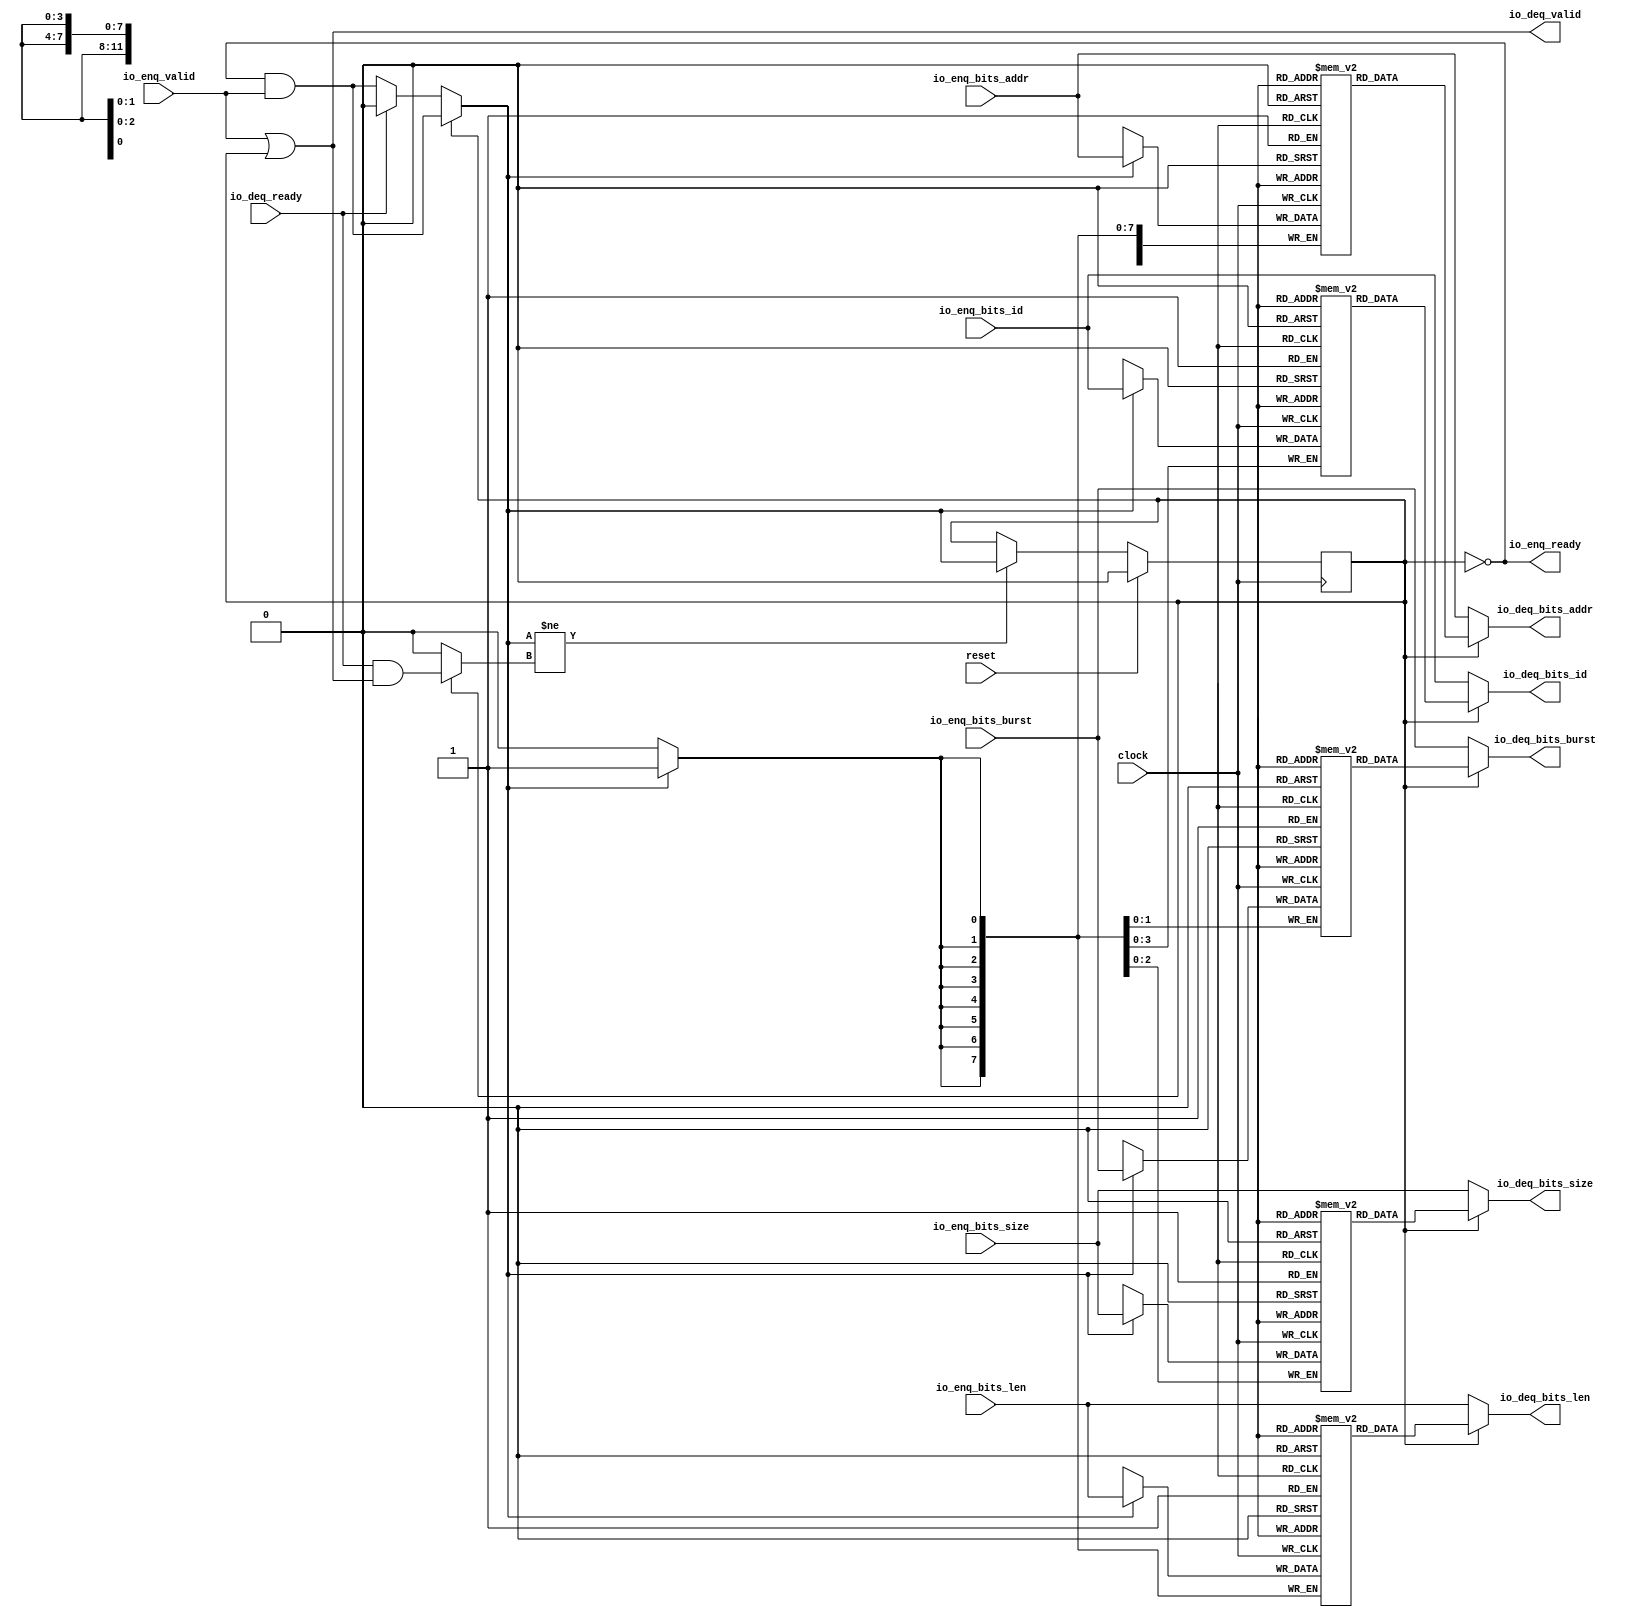
module Queue_51(
  input         clock,
  input         reset,
  output        io_enq_ready,
  input         io_enq_valid,
  input  [3:0]  io_enq_bits_id,
  input  [11:0] io_enq_bits_addr,
  input  [7:0]  io_enq_bits_len,
  input  [2:0]  io_enq_bits_size,
  input  [1:0]  io_enq_bits_burst,
  input         io_deq_ready,
  output        io_deq_valid,
  output [3:0]  io_deq_bits_id,
  output [11:0] io_deq_bits_addr,
  output [7:0]  io_deq_bits_len,
  output [2:0]  io_deq_bits_size,
  output [1:0]  io_deq_bits_burst
);
`ifdef RANDOMIZE_MEM_INIT
  reg [31:0] _RAND_0;
  reg [31:0] _RAND_1;
  reg [31:0] _RAND_2;
  reg [31:0] _RAND_3;
  reg [31:0] _RAND_4;
`endif // RANDOMIZE_MEM_INIT
`ifdef RANDOMIZE_REG_INIT
  reg [31:0] _RAND_5;
`endif // RANDOMIZE_REG_INIT
  reg [3:0] ram_id [0:0]; // @[Decoupled.scala 218:16]
  wire [3:0] ram_id_io_deq_bits_MPORT_data; // @[Decoupled.scala 218:16]
  wire  ram_id_io_deq_bits_MPORT_addr; // @[Decoupled.scala 218:16]
  wire [3:0] ram_id_MPORT_data; // @[Decoupled.scala 218:16]
  wire  ram_id_MPORT_addr; // @[Decoupled.scala 218:16]
  wire  ram_id_MPORT_mask; // @[Decoupled.scala 218:16]
  wire  ram_id_MPORT_en; // @[Decoupled.scala 218:16]
  reg [11:0] ram_addr [0:0]; // @[Decoupled.scala 218:16]
  wire [11:0] ram_addr_io_deq_bits_MPORT_data; // @[Decoupled.scala 218:16]
  wire  ram_addr_io_deq_bits_MPORT_addr; // @[Decoupled.scala 218:16]
  wire [11:0] ram_addr_MPORT_data; // @[Decoupled.scala 218:16]
  wire  ram_addr_MPORT_addr; // @[Decoupled.scala 218:16]
  wire  ram_addr_MPORT_mask; // @[Decoupled.scala 218:16]
  wire  ram_addr_MPORT_en; // @[Decoupled.scala 218:16]
  reg [7:0] ram_len [0:0]; // @[Decoupled.scala 218:16]
  wire [7:0] ram_len_io_deq_bits_MPORT_data; // @[Decoupled.scala 218:16]
  wire  ram_len_io_deq_bits_MPORT_addr; // @[Decoupled.scala 218:16]
  wire [7:0] ram_len_MPORT_data; // @[Decoupled.scala 218:16]
  wire  ram_len_MPORT_addr; // @[Decoupled.scala 218:16]
  wire  ram_len_MPORT_mask; // @[Decoupled.scala 218:16]
  wire  ram_len_MPORT_en; // @[Decoupled.scala 218:16]
  reg [2:0] ram_size [0:0]; // @[Decoupled.scala 218:16]
  wire [2:0] ram_size_io_deq_bits_MPORT_data; // @[Decoupled.scala 218:16]
  wire  ram_size_io_deq_bits_MPORT_addr; // @[Decoupled.scala 218:16]
  wire [2:0] ram_size_MPORT_data; // @[Decoupled.scala 218:16]
  wire  ram_size_MPORT_addr; // @[Decoupled.scala 218:16]
  wire  ram_size_MPORT_mask; // @[Decoupled.scala 218:16]
  wire  ram_size_MPORT_en; // @[Decoupled.scala 218:16]
  reg [1:0] ram_burst [0:0]; // @[Decoupled.scala 218:16]
  wire [1:0] ram_burst_io_deq_bits_MPORT_data; // @[Decoupled.scala 218:16]
  wire  ram_burst_io_deq_bits_MPORT_addr; // @[Decoupled.scala 218:16]
  wire [1:0] ram_burst_MPORT_data; // @[Decoupled.scala 218:16]
  wire  ram_burst_MPORT_addr; // @[Decoupled.scala 218:16]
  wire  ram_burst_MPORT_mask; // @[Decoupled.scala 218:16]
  wire  ram_burst_MPORT_en; // @[Decoupled.scala 218:16]
  reg  maybe_full; // @[Decoupled.scala 221:27]
  wire  empty = ~maybe_full; // @[Decoupled.scala 224:28]
  wire  _do_enq_T = io_enq_ready & io_enq_valid; // @[Decoupled.scala 40:37]
  wire  _do_deq_T = io_deq_ready & io_deq_valid; // @[Decoupled.scala 40:37]
  wire  _GEN_15 = io_deq_ready ? 1'h0 : _do_enq_T; // @[Decoupled.scala 249:27 Decoupled.scala 249:36]
  wire  do_enq = empty ? _GEN_15 : _do_enq_T; // @[Decoupled.scala 246:18]
  wire  do_deq = empty ? 1'h0 : _do_deq_T; // @[Decoupled.scala 246:18 Decoupled.scala 248:14]
  wire  _T = do_enq != do_deq; // @[Decoupled.scala 236:16]
  wire  _io_deq_valid_T = ~empty; // @[Decoupled.scala 240:19]
  assign ram_id_io_deq_bits_MPORT_addr = 1'h0;
  assign ram_id_io_deq_bits_MPORT_data = ram_id[ram_id_io_deq_bits_MPORT_addr]; // @[Decoupled.scala 218:16]
  assign ram_id_MPORT_data = io_enq_bits_id;
  assign ram_id_MPORT_addr = 1'h0;
  assign ram_id_MPORT_mask = 1'h1;
  assign ram_id_MPORT_en = empty ? _GEN_15 : _do_enq_T;
  assign ram_addr_io_deq_bits_MPORT_addr = 1'h0;
  assign ram_addr_io_deq_bits_MPORT_data = ram_addr[ram_addr_io_deq_bits_MPORT_addr]; // @[Decoupled.scala 218:16]
  assign ram_addr_MPORT_data = io_enq_bits_addr;
  assign ram_addr_MPORT_addr = 1'h0;
  assign ram_addr_MPORT_mask = 1'h1;
  assign ram_addr_MPORT_en = empty ? _GEN_15 : _do_enq_T;
  assign ram_len_io_deq_bits_MPORT_addr = 1'h0;
  assign ram_len_io_deq_bits_MPORT_data = ram_len[ram_len_io_deq_bits_MPORT_addr]; // @[Decoupled.scala 218:16]
  assign ram_len_MPORT_data = io_enq_bits_len;
  assign ram_len_MPORT_addr = 1'h0;
  assign ram_len_MPORT_mask = 1'h1;
  assign ram_len_MPORT_en = empty ? _GEN_15 : _do_enq_T;
  assign ram_size_io_deq_bits_MPORT_addr = 1'h0;
  assign ram_size_io_deq_bits_MPORT_data = ram_size[ram_size_io_deq_bits_MPORT_addr]; // @[Decoupled.scala 218:16]
  assign ram_size_MPORT_data = io_enq_bits_size;
  assign ram_size_MPORT_addr = 1'h0;
  assign ram_size_MPORT_mask = 1'h1;
  assign ram_size_MPORT_en = empty ? _GEN_15 : _do_enq_T;
  assign ram_burst_io_deq_bits_MPORT_addr = 1'h0;
  assign ram_burst_io_deq_bits_MPORT_data = ram_burst[ram_burst_io_deq_bits_MPORT_addr]; // @[Decoupled.scala 218:16]
  assign ram_burst_MPORT_data = io_enq_bits_burst;
  assign ram_burst_MPORT_addr = 1'h0;
  assign ram_burst_MPORT_mask = 1'h1;
  assign ram_burst_MPORT_en = empty ? _GEN_15 : _do_enq_T;
  assign io_enq_ready = ~maybe_full; // @[Decoupled.scala 241:19]
  assign io_deq_valid = io_enq_valid | _io_deq_valid_T; // @[Decoupled.scala 245:25 Decoupled.scala 245:40 Decoupled.scala 240:16]
  assign io_deq_bits_id = empty ? io_enq_bits_id : ram_id_io_deq_bits_MPORT_data; // @[Decoupled.scala 246:18 Decoupled.scala 247:19 Decoupled.scala 242:15]
  assign io_deq_bits_addr = empty ? io_enq_bits_addr : ram_addr_io_deq_bits_MPORT_data; // @[Decoupled.scala 246:18 Decoupled.scala 247:19 Decoupled.scala 242:15]
  assign io_deq_bits_len = empty ? io_enq_bits_len : ram_len_io_deq_bits_MPORT_data; // @[Decoupled.scala 246:18 Decoupled.scala 247:19 Decoupled.scala 242:15]
  assign io_deq_bits_size = empty ? io_enq_bits_size : ram_size_io_deq_bits_MPORT_data; // @[Decoupled.scala 246:18 Decoupled.scala 247:19 Decoupled.scala 242:15]
  assign io_deq_bits_burst = empty ? io_enq_bits_burst : ram_burst_io_deq_bits_MPORT_data; // @[Decoupled.scala 246:18 Decoupled.scala 247:19 Decoupled.scala 242:15]
  always @(posedge clock) begin
    if(ram_id_MPORT_en & ram_id_MPORT_mask) begin
      ram_id[ram_id_MPORT_addr] <= ram_id_MPORT_data; // @[Decoupled.scala 218:16]
    end
    if(ram_addr_MPORT_en & ram_addr_MPORT_mask) begin
      ram_addr[ram_addr_MPORT_addr] <= ram_addr_MPORT_data; // @[Decoupled.scala 218:16]
    end
    if(ram_len_MPORT_en & ram_len_MPORT_mask) begin
      ram_len[ram_len_MPORT_addr] <= ram_len_MPORT_data; // @[Decoupled.scala 218:16]
    end
    if(ram_size_MPORT_en & ram_size_MPORT_mask) begin
      ram_size[ram_size_MPORT_addr] <= ram_size_MPORT_data; // @[Decoupled.scala 218:16]
    end
    if(ram_burst_MPORT_en & ram_burst_MPORT_mask) begin
      ram_burst[ram_burst_MPORT_addr] <= ram_burst_MPORT_data; // @[Decoupled.scala 218:16]
    end
    if (reset) begin // @[Decoupled.scala 221:27]
      maybe_full <= 1'h0; // @[Decoupled.scala 221:27]
    end else if (_T) begin // @[Decoupled.scala 236:28]
      if (empty) begin // @[Decoupled.scala 246:18]
        if (io_deq_ready) begin // @[Decoupled.scala 249:27]
          maybe_full <= 1'h0; // @[Decoupled.scala 249:36]
        end else begin
          maybe_full <= _do_enq_T;
        end
      end else begin
        maybe_full <= _do_enq_T;
      end
    end
  end
// Register and memory initialization
`ifdef RANDOMIZE_GARBAGE_ASSIGN
`define RANDOMIZE
`endif
`ifdef RANDOMIZE_INVALID_ASSIGN
`define RANDOMIZE
`endif
`ifdef RANDOMIZE_REG_INIT
`define RANDOMIZE
`endif
`ifdef RANDOMIZE_MEM_INIT
`define RANDOMIZE
`endif
`ifndef RANDOM
`define RANDOM $random
`endif
`ifdef RANDOMIZE_MEM_INIT
  integer initvar;
`endif
`ifndef SYNTHESIS
`ifdef FIRRTL_BEFORE_INITIAL
`FIRRTL_BEFORE_INITIAL
`endif
initial begin
  `ifdef RANDOMIZE
    `ifdef INIT_RANDOM
      `INIT_RANDOM
    `endif
    `ifndef VERILATOR
      `ifdef RANDOMIZE_DELAY
        #`RANDOMIZE_DELAY begin end
      `else
        #0.002 begin end
      `endif
    `endif
`ifdef RANDOMIZE_MEM_INIT
  _RAND_0 = {1{`RANDOM}};
  for (initvar = 0; initvar < 1; initvar = initvar+1)
    ram_id[initvar] = _RAND_0[3:0];
  _RAND_1 = {1{`RANDOM}};
  for (initvar = 0; initvar < 1; initvar = initvar+1)
    ram_addr[initvar] = _RAND_1[11:0];
  _RAND_2 = {1{`RANDOM}};
  for (initvar = 0; initvar < 1; initvar = initvar+1)
    ram_len[initvar] = _RAND_2[7:0];
  _RAND_3 = {1{`RANDOM}};
  for (initvar = 0; initvar < 1; initvar = initvar+1)
    ram_size[initvar] = _RAND_3[2:0];
  _RAND_4 = {1{`RANDOM}};
  for (initvar = 0; initvar < 1; initvar = initvar+1)
    ram_burst[initvar] = _RAND_4[1:0];
`endif // RANDOMIZE_MEM_INIT
`ifdef RANDOMIZE_REG_INIT
  _RAND_5 = {1{`RANDOM}};
  maybe_full = _RAND_5[0:0];
`endif // RANDOMIZE_REG_INIT
  `endif // RANDOMIZE
end // initial
`ifdef FIRRTL_AFTER_INITIAL
`FIRRTL_AFTER_INITIAL
`endif
`endif // SYNTHESIS
endmodule